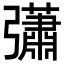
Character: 𢑁